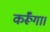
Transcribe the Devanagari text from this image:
कर्रूँगा।